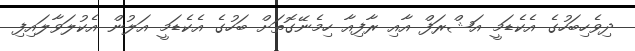
ދިވެހިބަހުގެ އެކެޑަމީ އަޝްރަފް އާއި ރާފިއާ ހިމެނޭގޮތަށް ބަހުގެ އެކެޑަމީ އަލުން އެކުލަވާލައިފި